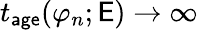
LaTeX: t_{\mathsf{age}}(\varphi_{n};\mathsf{E})\to\infty